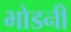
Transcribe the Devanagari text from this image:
भोडनी